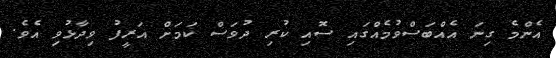
އެންމެ ގިނަ އެއްބަސްވުމެއްގައި ސޮއި ކުރި ދުވަސް ކަމަށް އަރީފު ވިދާޅުވި އެވެ.